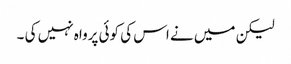
لیکن میں نے اس کی کوئی پرواہ نہیں کی ۔